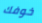
خوفك